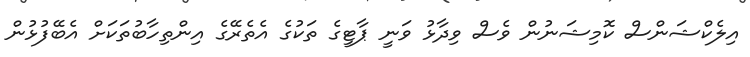
އިލެކްޝަންސް ކޮމިޝަނުން ވެސް ވިދާޅު ވަނީ ޕާޓީގެ ތަކުގެ އެތެރޭގެ އިންތިހާބުތަކަށް އެބޭފުޅުން